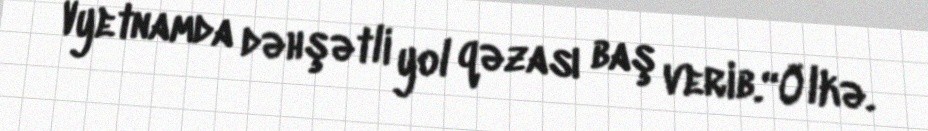
Vyetnamda dəhşətli yol qəzası baş verib.“Ölkə.